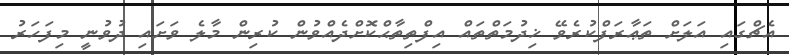
އެޗްގައި އަލަށް ތަޢާރަފްކުރެވޭ ޚިދުމަތްތައް އިފްތިތާޙްކޮށްދެއްވުން ކުރިން މާލެ ވަށައި ދުވުނީ މިފަހަރު